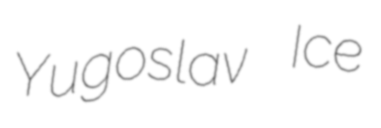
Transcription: Yugoslav Ice